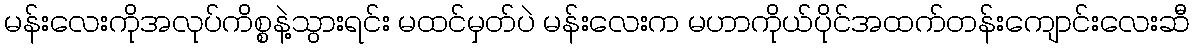
မန်းလေးကိုအလုပ်ကိစ္စနဲ့သွားရင်း မထင်မှတ်ပဲ မန်းလေးက မဟာကိုယ်ပိုင်အထက်တန်းကျောင်းလေးဆီ